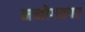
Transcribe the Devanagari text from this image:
मनोगतपर